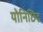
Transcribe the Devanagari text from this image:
योनिछिद्र